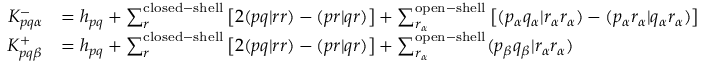
\begin{array} { r l } { K _ { p q \alpha } ^ { - } } & { = h _ { p q } + \sum _ { r } ^ { \mathrm { c l o s e d - s h e l l } } \left[ 2 ( p q | r r ) - ( p r | q r ) \right] + \sum _ { r _ { \alpha } } ^ { \mathrm { o p e n - s h e l l } } \left[ ( p _ { \alpha } q _ { \alpha } | r _ { \alpha } r _ { \alpha } ) - ( p _ { \alpha } r _ { \alpha } | q _ { \alpha } r _ { \alpha } ) \right] } \\ { K _ { p q \beta } ^ { + } } & { = h _ { p q } + \sum _ { r } ^ { \mathrm { c l o s e d - s h e l l } } \left[ 2 ( p q | r r ) - ( p r | q r ) \right] + \sum _ { r _ { \alpha } } ^ { \mathrm { o p e n - s h e l l } } ( p _ { \beta } q _ { \beta } | r _ { \alpha } r _ { \alpha } ) } \end{array}